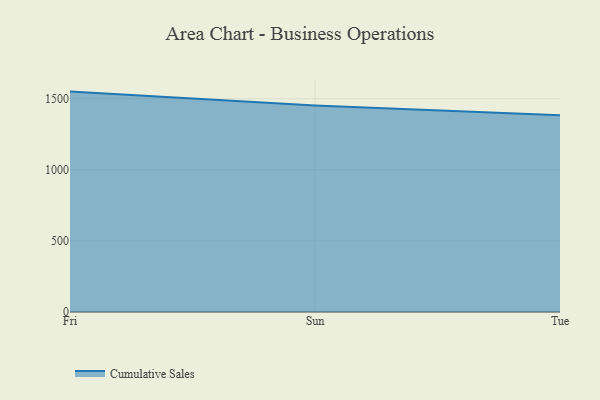
{"axis": {"x": "Day", "y": "Website Visitors"}, "legend": ["Cumulative Sales"], "data": [{"x": "Fri", "y": 1550.4, "type": "Cumulative Sales"}, {"x": "Sun", "y": 1452.1, "type": "Cumulative Sales"}, {"x": "Tue", "y": 1383.7, "type": "Cumulative Sales"}]}